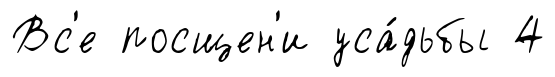
Вс'е посщен'и уса́дьбы 4